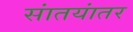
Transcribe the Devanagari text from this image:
सांतयांतर